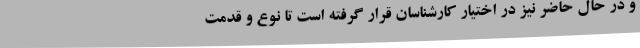
و در حال حاضر نیز در اختیار کارشناسان قرار گرفته است تا نوع و قدمت